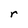
Character: r